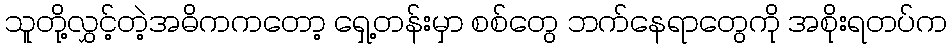
သူတို့လွှင့်တဲ့အဓိကကတော့ ရှေ့တန်းမှာ စစ်တွေ ဘက်နေရာတွေကို အစိုးရတပ်က